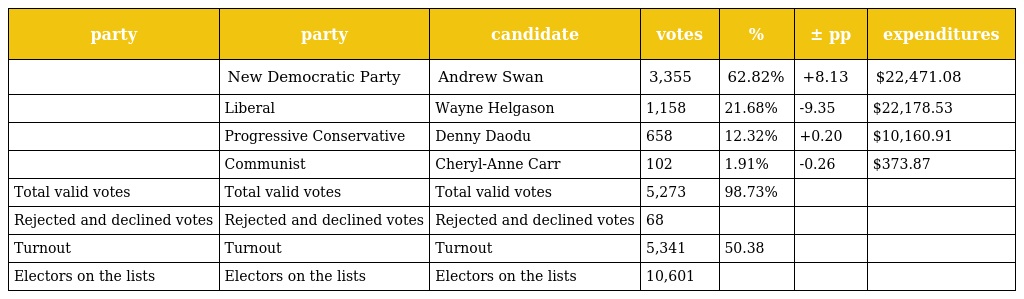
| party | party | candidate | votes | % | ± pp | expenditures |
 | --- | --- | --- | --- | --- | --- | --- |
 |  | New Democratic Party | Andrew Swan | 3,355 | 62.82% | +8.13 | $22,471.08 |
 |  | Liberal | Wayne Helgason | 1,158 | 21.68% | -9.35 | $22,178.53 |
 |  | Progressive Conservative | Denny Daodu | 658 | 12.32% | +0.20 | $10,160.91 |
 |  | Communist | Cheryl-Anne Carr | 102 | 1.91% | -0.26 | $373.87 |
 | Total valid votes | Total valid votes | Total valid votes | 5,273 | 98.73% |  |  |
 | Rejected and declined votes | Rejected and declined votes | Rejected and declined votes | 68 |  |  |  |
 | Turnout | Turnout | Turnout | 5,341 | 50.38 |  |  |
 | Electors on the lists | Electors on the lists | Electors on the lists | 10,601 |  |  |  |